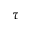
\tau